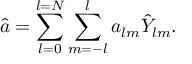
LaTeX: \hat { a } = \sum _ { l = 0 } ^ { l = N } \sum _ { m = - l } ^ { l } a _ { l m } \hat { Y } _ { l m } .